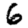
Digit: 6